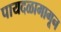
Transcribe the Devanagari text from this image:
पायदळामागून